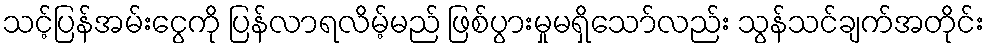
သင့်ပြန်အမ်းငွေကို ပြန်လာရလိမ့်မည် ဖြစ်ပွားမှုမရှိသော်လည်း သွန်သင်ချက်အတိုင်း